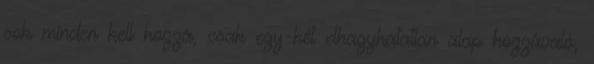
sok minden kell hozzá, csak egy-két elhagyhatatlan alap hozzávaló,